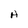
Character: H